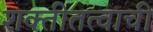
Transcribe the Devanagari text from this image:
शक्तीतत्वाची